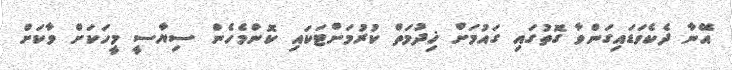
އޭނާ ދެކެވަޑައިގަންވާ ގޮތުގައި ގައުމަށް ޚިދުމަތް ކުރުމަށްޓަކައި ކޮންމެހެން ސިޔާސީ މީހަކަށް ވާކަށް